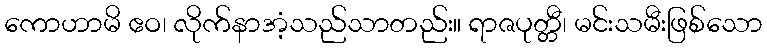
ကောဟာမိ ဧဝ၊ လိုက်နာအံ့သည်သာတည်း။ ရာဇပုတ္တီ၊ မင်းသမီးဖြစ်သော